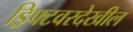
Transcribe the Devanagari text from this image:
ड्रिफ्टवरदेखील